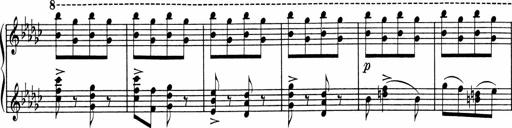
Title: Sonatine pour piano
Composer: Albert Roussel